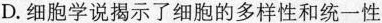
D.细胞学说揭示了细胞的多样性和统一性